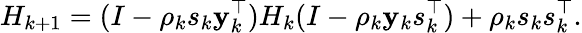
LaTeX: H_{k+1}=(I-\rho_{k}s_{k}\mathbf{y}_{k}^{\top})H_{k}(I-\rho_{k}\mathbf{y}_{k}s_{k}^{\top})+\rho_{k}s_{k}s_{k}^{\top}.